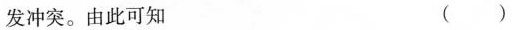
发冲突。由此可知( )